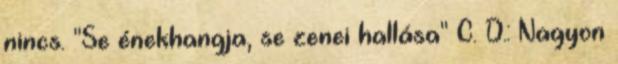
nincs. "Se énekhangja, se zenei hallása" C. D.: Nagyon